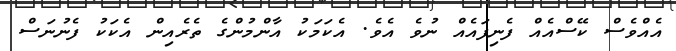
އެއްވެސް ކޭސްއެއް ފެނިފައެއް ނުވެ އެވެ. އެކަމަކު އާންމުންގެ ތެރެއިން އެކަކު ފެނުނަސް